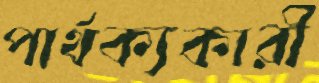
পার্থক্যকারী